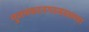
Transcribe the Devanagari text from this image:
मुजफ्फरनगरजवळच्या